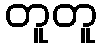
တူတူ